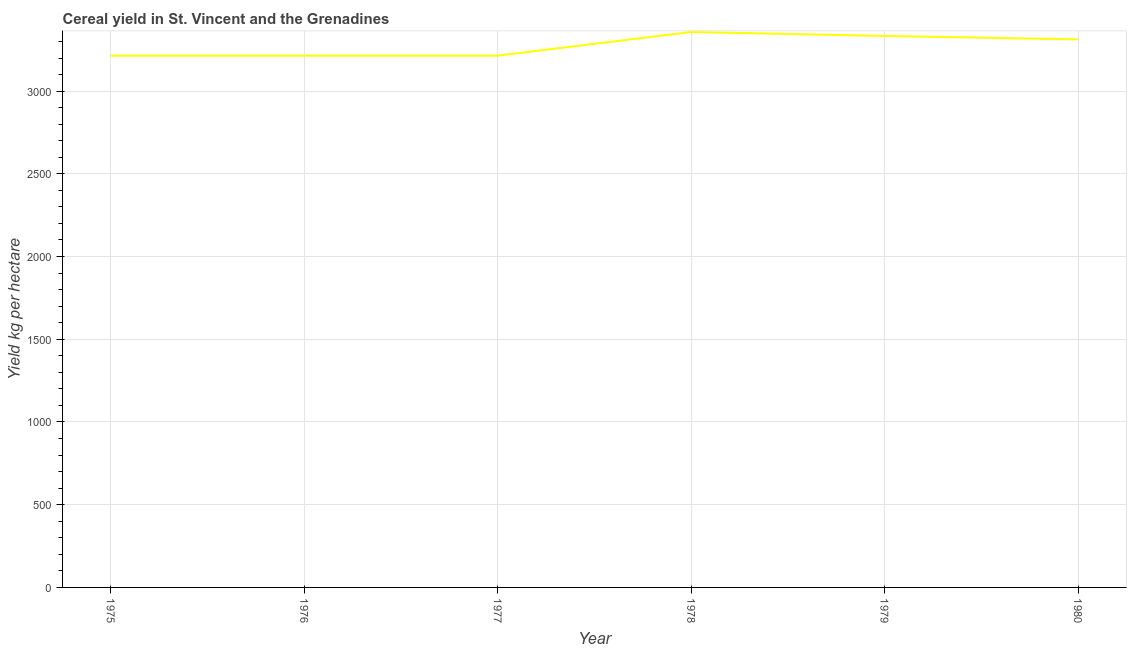
| Year | Cereal yield |
 | --- | --- |
 | 1975 | 3.21e+03 |
 | 1976 | 3.21e+03 |
 | 1977 | 3.21e+03 |
 | 1978 | 3.36e+03 |
 | 1979 | 3.33e+03 |
 | 1980 | 3.31e+03 |